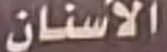
الاسنان